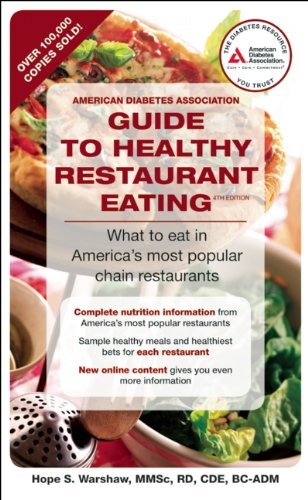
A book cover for American Diabetes Association Guide to Healthy Restaurant Eating: What to eat in America's most popular chain restaurants; Hope S. Warshaw R.D.; Health, Fitness & Dieting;